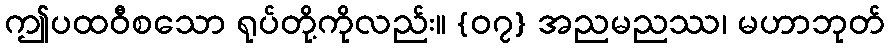
ဤပထဝီစသော ရုပ်တို့ကိုလည်း။ {၀၇} အညမညဿ၊ မဟာဘုတ်